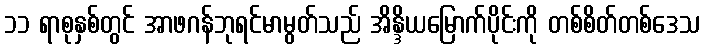
၁၁ ရာစုနှစ်တွင် အာဖဂန်ဘုရင်မာမွတ်သည် အိန္ဒိယမြောက်ပိုင်းကို တစ်စိတ်တစ်ဒေသ